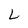
Character: L